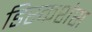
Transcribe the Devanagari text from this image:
डिस्कशंस